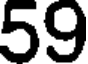
59